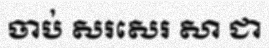
ចាប់ សរសេរ សា ជា